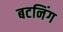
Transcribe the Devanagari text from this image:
बटनिंग